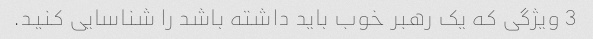
3 ویژگی که یک رهبر خوب باید داشته باشد را شناسایی کنید.